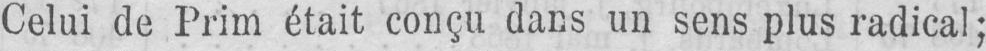
Celui de Prim était conçu dans un sens plus radical;